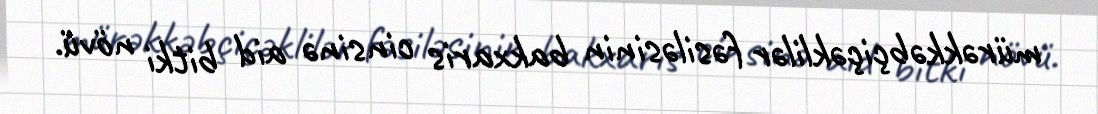
mürəkkəbçiçəklilər fəsiləsinin bakxaris cinsinə aid bitki növü.